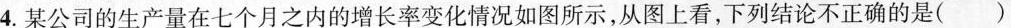
4.某公司的生产量在七个月之内的增长率变化情况如图所示，从图上看，下列结论不正确的是( )